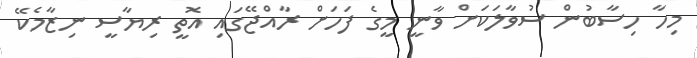
މިހާ ހިސާބުން ސުވާލަކަށް ވާނީ މީގެ ފަހަށް ރާއްޖޭގައި އޮތީ ރިޔާސީ ނިޒާމެކޭ